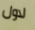
لاول